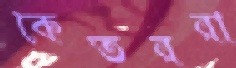
কৈতররা